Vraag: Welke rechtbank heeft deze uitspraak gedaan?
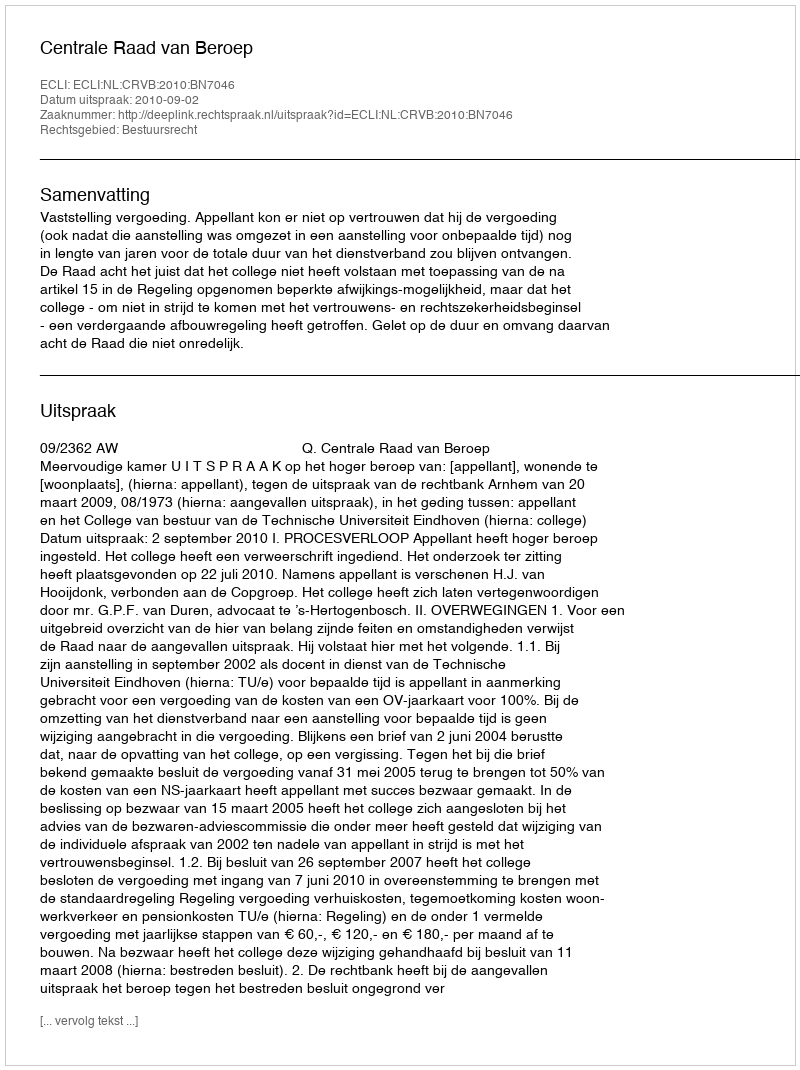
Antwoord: Centrale Raad van Beroep